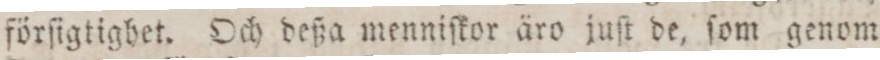
förſigtighet. Och deßa menniſkor äro juſt de, ſom genom